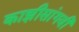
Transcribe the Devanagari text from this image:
काझीसांगवी